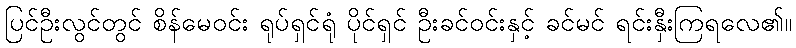
ပြင်ဦးလွင်တွင် စိန်မေဝင်း ရုပ်ရှင်ရုံ ပိုင်ရှင် ဦးခင်ဝင်းနှင့် ခင်မင် ရင်းနှီးကြရလေ၏။